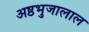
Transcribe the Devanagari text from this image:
अष्ठभुजालाल